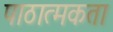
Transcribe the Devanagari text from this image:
पाठात्मकता